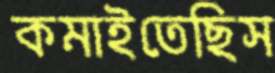
কমাইতেছিস